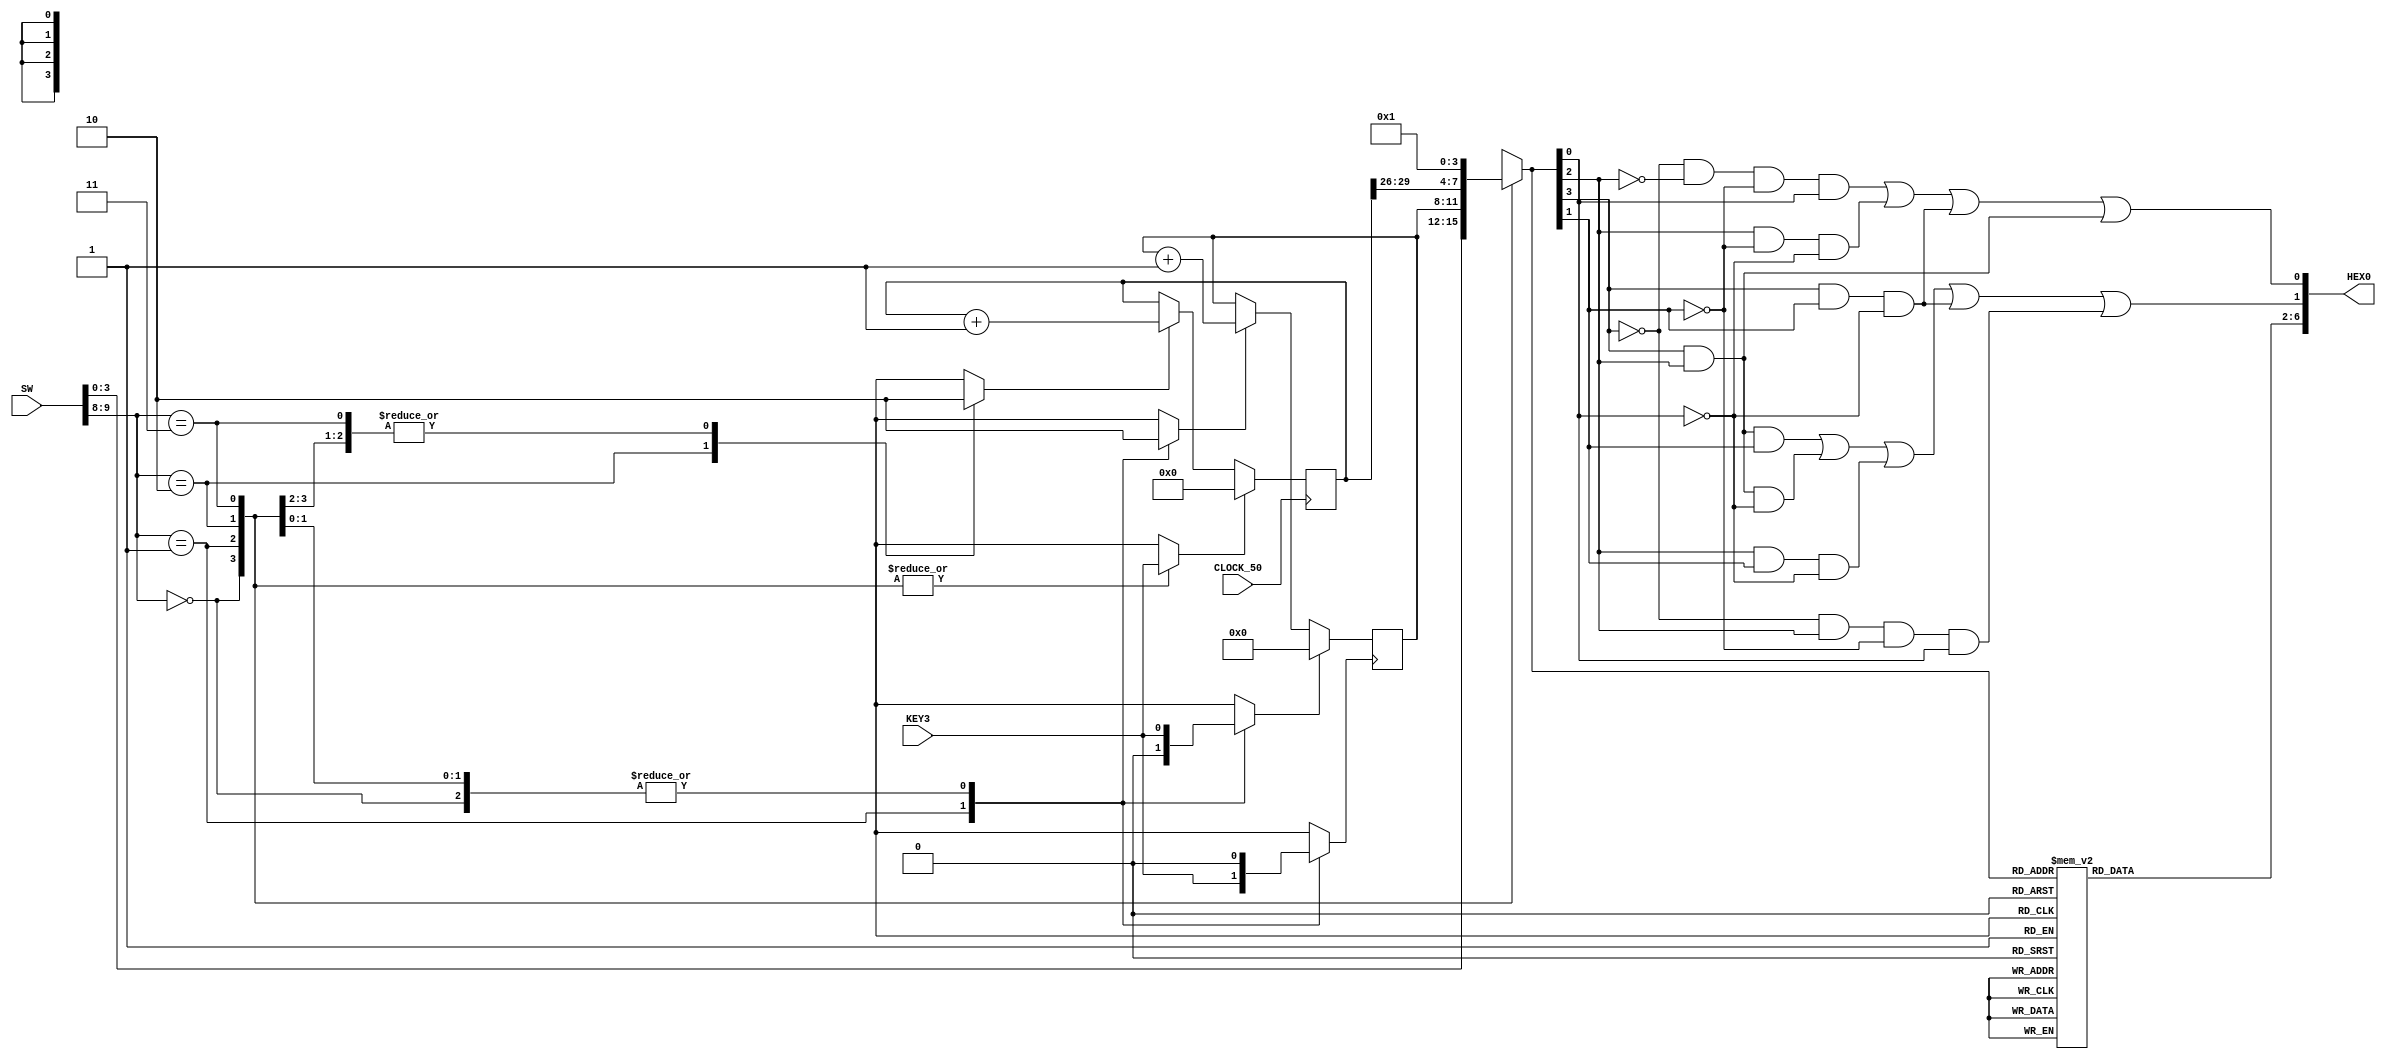
module lab1part3(
	input CLOCK_50,
	input [9:0] SW, 
	input KEY3,
	output [6:0] HEX0
	);
	
	
	wire [3:0] cntr4_out, cntr30_out;
	reg [3:0] x;
	reg press , enable4b , enable30b , reset4b , reset30b;
	
//	HEX0[6:0] <= 6'b1;						// init state of HEX0 off
	
	
	always @(SW[9:0])
	begin
		case(SW[9:8])
			2'b00: begin						// disp val of SW[3:0] on HEX0[6:0]
				
				enable4b <= 1'b0;
				enable30b <= 1'b0;
				reset4b <= KEY3;
				reset30b <= KEY3;
				press <= 1'b0;
				
				x[3:0] <= SW[3:0];

			end
			
			2'b01: begin						// 4bit cntr to 7seg decoder
				

				enable4b <= 1'b1;
				enable30b <= 1'b0;
				reset4b <= 1'b0;
				reset30b <= KEY3;
				press <= KEY3;
				
				x[3:0] <= cntr4_out[3:0];
			
			end
			
			2'b10: begin						//30bit cntr to 7seg decoder
			

				enable4b <= 1'b0;
				enable30b <= 1'b1;
				reset4b <= KEY3;
				reset30b <= KEY3;
				press <= 1'b0;
				
				
				x[3:0] <= cntr30_out[3:0];
			end
			
			2'b11: begin						// HEX0 off
				

				enable4b <= 1'b0;
				enable30b <= 1'b0;
				reset4b <= KEY3;
				reset30b <= KEY3;
				press <= 1'b0;
				
				
				x[3:0] <= 4'b1;
			end
			
		endcase
	end
//----------------------------30 bit counter-----------------------------------------

	reg [29:0] cntr30;
	
	always @(posedge CLOCK_50)
	begin
	if (reset30b) 
		cntr30[29:0] <= 30'b0;
	else if (enable30b)
		cntr30[29:0] <= cntr30[29:0] + 30'b1;
	
	end
	assign cntr30_out[3:0] = cntr30[29:26];


//----------------------------4 bit counter-----------------------------------------
	reg [3:0] cntr4;
	
	always @(posedge press)
	begin
	if (reset4b) 
		cntr4[3:0] <= 4'b0;
	else if (enable4b)
		cntr4[3:0] <= cntr4[3:0] + 4'b1;
	
	end
	assign cntr4_out[3:0] = cntr4[3:0];
	

//----------------------------7 segment decoder-----------------------------------------

	reg [6:2] top_5_seg;
	
	assign HEX0[0] = (~x[3]&~x[2]&~x[1]&x[0]) | (x[2]&~x[1]&~x[0]) | (x[3]&x[1]&~x[0]) | (x[3]&x[2]);
	assign HEX0[1] = (x[3]&x[2]&x[1]) | (x[3]&x[2]&~x[0]) | (x[2]&x[1]&~x[0]) | (x[3]&x[1]&~x[0]) | (~x[3]&x[2]&~x[1]&x[0]);
	assign HEX0[6:2] = top_5_seg[6:2];
	
	always @(x[3:0])
	begin
	
		case(x[3:0])
			4'b0000: begin
				top_5_seg[2] <= 1'b0;
				top_5_seg[3] <= 1'b0;
				top_5_seg[4] <= 1'b0;
				top_5_seg[5] <= 1'b0;
				top_5_seg[6] <= 1'b1;
			end

			4'b0001: begin
				top_5_seg[2] <= 1'b0;
				top_5_seg[3] <= 1'b1;
				top_5_seg[4] <= 1'b1;
				top_5_seg[5] <= 1'b1;
				top_5_seg[6] <= 1'b1;
			end
			
			4'b0010: begin
				top_5_seg[2] <= 1'b1;
				top_5_seg[3] <= 1'b0;
				top_5_seg[4] <= 1'b0;
				top_5_seg[5] <= 1'b1;
				top_5_seg[6] <= 1'b0;
			end
			
			4'b0011: begin
				top_5_seg[2] <= 1'b0;
				top_5_seg[3] <= 1'b0;
				top_5_seg[4] <= 1'b1;
				top_5_seg[5] <= 1'b1;
				top_5_seg[6] <= 1'b0;
			end
			
			4'b0100: begin
				top_5_seg[2] <= 1'b0;
				top_5_seg[3] <= 1'b1;
				top_5_seg[4] <= 1'b1;
				top_5_seg[5] <= 1'b0;
				top_5_seg[6] <= 1'b0;
			end
			
			4'b0101: begin
				top_5_seg[2] <= 1'b0;
				top_5_seg[3] <= 1'b0;
				top_5_seg[4] <= 1'b1;
				top_5_seg[5] <= 1'b0;
				top_5_seg[6] <= 1'b0;
			end
			
			4'b0110: begin
				top_5_seg[2] <= 1'b0;
				top_5_seg[3] <= 1'b0;
				top_5_seg[4] <= 1'b0;
				top_5_seg[5] <= 1'b0;
				top_5_seg[6] <= 1'b0;
			end
				
			4'b0111: begin
				top_5_seg[2] <= 1'b0;
				top_5_seg[3] <= 1'b1;
				top_5_seg[4] <= 1'b1;
				top_5_seg[5] <= 1'b1;
				top_5_seg[6] <= 1'b1;
			end
			
			4'b1000: begin
				top_5_seg[2] <= 1'b0;
				top_5_seg[3] <= 1'b0;
				top_5_seg[4] <= 1'b0;
				top_5_seg[5] <= 1'b0;
				top_5_seg[6] <= 1'b0;
			end
			
			4'b1001: begin
				top_5_seg[2] <= 1'b0;
				top_5_seg[3] <= 1'b0;
				top_5_seg[4] <= 1'b1;
				top_5_seg[5] <= 1'b0;
				top_5_seg[6] <= 1'b0;
			end
			
			4'b1010: begin
				top_5_seg[2] <= 1'b0;
				top_5_seg[3] <= 1'b1;
				top_5_seg[4] <= 1'b0;
				top_5_seg[5] <= 1'b0;
				top_5_seg[6] <= 1'b0;
			end
				
			4'b1011: begin
				top_5_seg[2] <= 1'b0;
				top_5_seg[3] <= 1'b1;
				top_5_seg[4] <= 1'b0;
				top_5_seg[5] <= 1'b0;
				top_5_seg[6] <= 1'b0;
			end

			4'b1100: begin
				top_5_seg[2] <= 1'b0;
				top_5_seg[3] <= 1'b1;
				top_5_seg[4] <= 1'b0;
				top_5_seg[5] <= 1'b1;
				top_5_seg[6] <= 1'b0;
			end
				
			4'b1101: begin
				top_5_seg[2] <= 1'b0;
				top_5_seg[3] <= 1'b1;
				top_5_seg[4] <= 1'b0;
				top_5_seg[5] <= 1'b0;
				top_5_seg[6] <= 1'b0;
			end
				
			4'b1110: begin
				top_5_seg[2] <= 1'b0;
				top_5_seg[3] <= 1'b0;
				top_5_seg[4] <= 1'b0;
				top_5_seg[5] <= 1'b0;
				top_5_seg[6] <= 1'b0;
			end
				
			4'b1111: begin
				top_5_seg[2] <= 1'b1;
				top_5_seg[3] <= 1'b1;
				top_5_seg[4] <= 1'b1;
				top_5_seg[5] <= 1'b1;
				top_5_seg[6] <= 1'b1;
			end
			
			default: begin
				top_5_seg[2] <= 1'b1;
				top_5_seg[3] <= 1'b1;
				top_5_seg[4] <= 1'b1;
				top_5_seg[5] <= 1'b1;
				top_5_seg[6] <= 1'b1;
			end
			
		endcase
		
	end 
	
	
	
	
endmodule